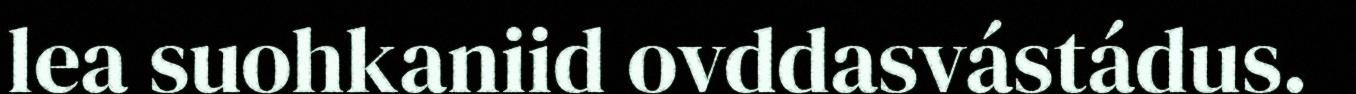
lea suohkaniid ovddasvástádus.